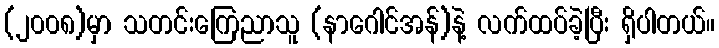
(၂၀၀၈)မှာ သတင်းကြေညာသူ (နာဂေါင်အန်)နဲ့ လက်ထပ်ခဲ့ပြီး ရှိပါတယ်။